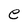
Character: e